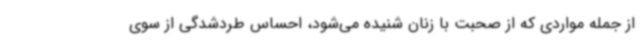
از جمله مواردی که از صحبت با زنان شنیده می‌شود، احساس طردشدگی از سوی